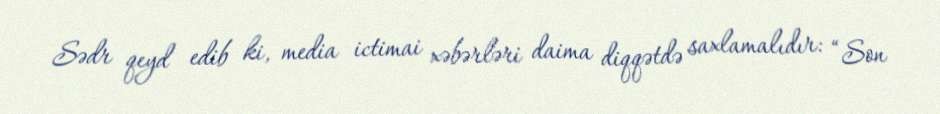
Sədr qeyd edib ki, media ictimai xəbərləri daima diqqətdə saxlamalıdır: “Son